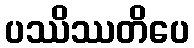
ပဿိဿတိပေ